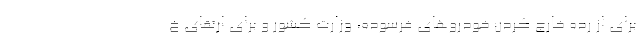
برای از رده خارج کردن خودروهای فرسوده، وزارت کشور و برای ارتقای خ